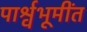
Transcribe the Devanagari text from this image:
पार्श्वभूमींत